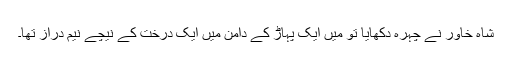
شاہِ خاور نے چہرہ دکھایا تو میں ایک پہاڑ کے دامن میں ایک درخت کے نیچے نیم دراز تھا۔